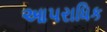
આપરાધિક